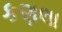
કણલા